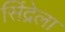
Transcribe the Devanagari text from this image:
सिंद्रेला